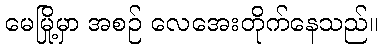
မေမြို့မှာ အစဉ် လေအေးတိုက်နေသည်။